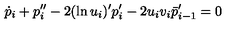
\dot { p } _ { i } + p _ { i } ^ { \prime \prime } - 2 ( \ln u _ { i } ) ^ { \prime } p _ { i } ^ { \prime } - 2 u _ { i } v _ { i } \bar { p } _ { i - 1 } ^ { \prime } = 0